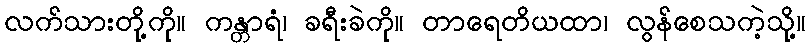
လက်သားတို့ကို။ ကန္တာရံ၊ ခရီးခဲကို။ တာရေတိယထာ၊ လွန်စေသကဲ့သို့။